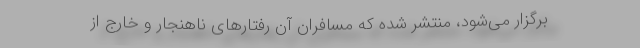
برگزار می‌شود، منتشر شده که مسافران آن رفتارهای ناهنجار و خارج از